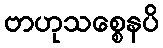
ဗာဟုသစ္စေနပိ